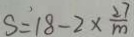
S = 1 8 - 2 \times \frac { 2 7 } { m }